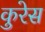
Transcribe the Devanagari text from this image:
कुरेस